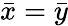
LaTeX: {\bar{x}}={\bar{y}}